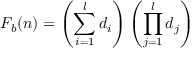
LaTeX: F _ { b } ( n ) = \left( \sum _ { i = 1 } ^ { l } d _ { i } \right) \left( \prod _ { j = 1 } ^ { l } d _ { j } \right)